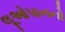
લૂઓપાનનો